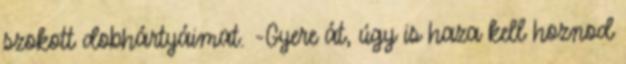
szokott dobhártyáimat. -Gyere át, úgy is haza kell hoznod